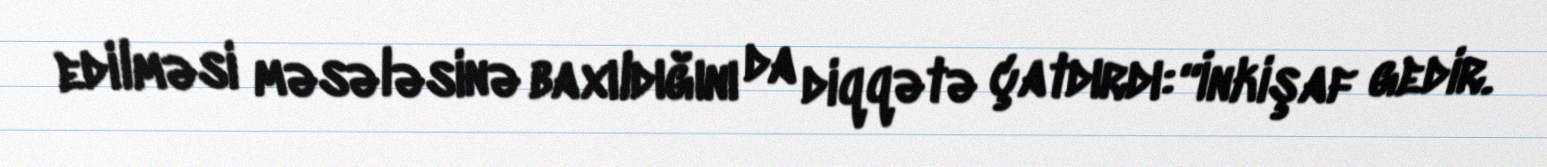
edilməsi məsələsinə baxıldığını da diqqətə çatdırdı: “İnkişaf gedir.